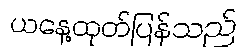
ယနေ့ထုတ်ပြန်သည်